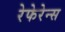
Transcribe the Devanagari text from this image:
रेफेरेन्स